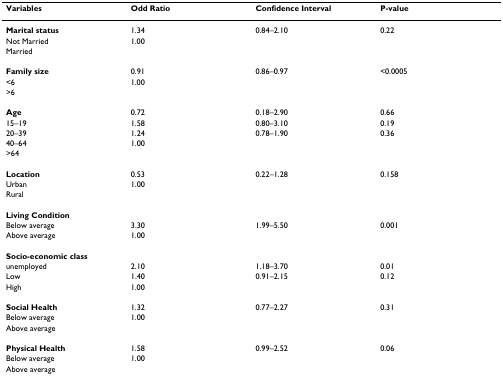
| Variables | Odd Ratio | Confidence Interval | P-value |
 | --- | --- | --- | --- |
 | Marital status | 1.34 | 0.84–2.10 | 0.22 |
 | Not Married | 1.00 |  |  |
 | Married |  |  |  |
 | Family size | 0.91 | 0.86–0.97 | <0.0005 |
 | <6 | 1.00 |  |  |
 | >6 |  |  |  |
 | Age | 0.72 | 0.18–2.90 | 0.66 |
 | 15–19 | 1.58 | 0.80–3.10 | 0.19 |
 | 20–39 | 1.24 | 0.78–1.90 | 0.36 |
 | 40–64 | 1.00 |  |  |
 | >64 |  |  |  |
 | Location | 0.53 | 0.22–1.28 | 0.158 |
 | Urban | 1.00 |  |  |
 | Rural |  |  |  |
 | Living Condition |  |  |  |
 | Below average | 3.30 | 1.99–5.50 | 0.001 |
 | Above average | 1.00 |  |  |
 | Socio-economic class |  |  |  |
 | unemployed | 2.10 | 1.18–3.70 | 0.01 |
 | Low | 1.40 | 0.91–2.15 | 0.12 |
 | High | 1.00 |  |  |
 | Social Health | 1.32 | 0.77–2.27 | 0.31 |
 | Below average | 1.00 |  |  |
 | Above average |  |  |  |
 | Physical Health | 1.58 | 0.99–2.52 | 0.06 |
 | Below average | 1.00 |  |  |
 | Above average |  |  |  |